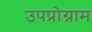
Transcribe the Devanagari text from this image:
उपप्रोग्राम